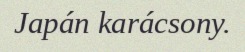
Japán karácsony.